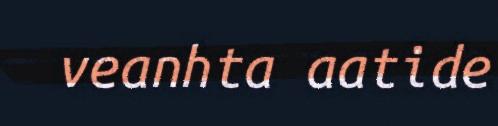
veanhta aatide